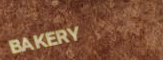
BAKERY